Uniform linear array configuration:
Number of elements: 32
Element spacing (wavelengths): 1
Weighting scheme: hamming
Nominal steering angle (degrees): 30
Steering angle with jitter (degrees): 28.59
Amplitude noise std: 0.05
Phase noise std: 0.05

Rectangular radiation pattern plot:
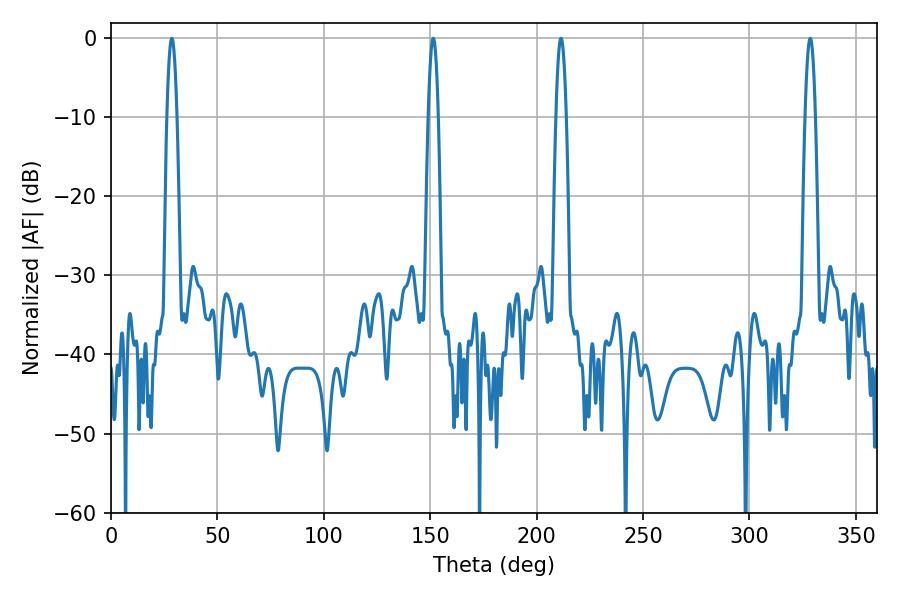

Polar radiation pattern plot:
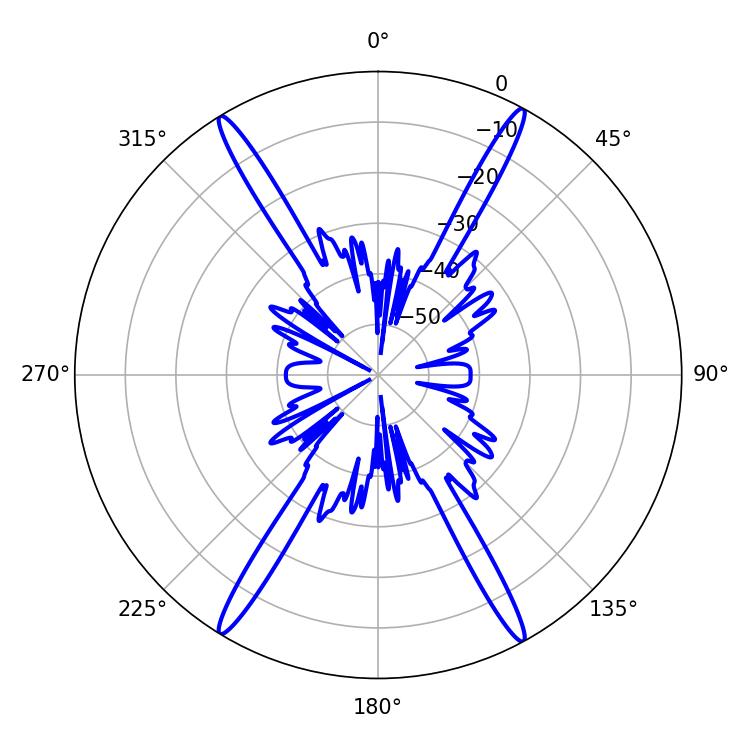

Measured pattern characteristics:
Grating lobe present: TRUE
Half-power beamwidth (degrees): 2.52
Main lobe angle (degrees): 28.62